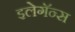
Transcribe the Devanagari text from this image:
इलेगॅन्स